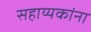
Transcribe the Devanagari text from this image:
सहाय्यकांना